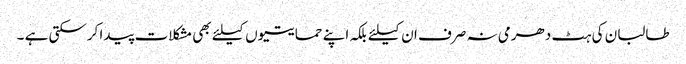
طالبان کی ہٹ دھرمی نہ صرف ان کیلئے بلکہ اپنے حمایتیوں کیلئے بھی مشکلات پیدا کرسکتی ہے ۔